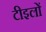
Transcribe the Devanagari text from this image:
टीइलों